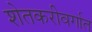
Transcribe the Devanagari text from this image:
शेतकरीवर्गात